Leaving Certificate Examination, 1910
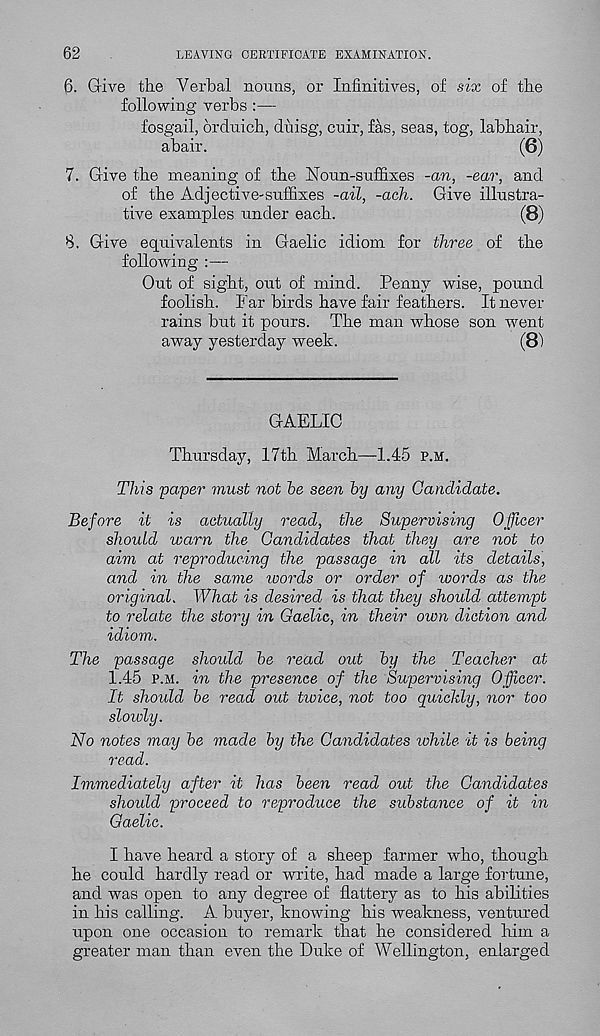
62
LEAVING CERTIFICATE EXAMINATION.
6. Grive the Verbal nouns, or Infinitives, of six of the
following verbs :—
fosgail, orduich, duisg, cuir, fas, seas, tog, labhair,
abair.
(6)
7. Give the meaning of the Noun-suffixes -an, -ear, and
of the Adjective-suffixes -ail, -aeh. Give illustra-
tive examples under each.
(8)
8. Give equivalents in Gaelic idiom for three of the
following :—
Out of sight, out of mind. Penny wise, pound
foolish. Far birds have fair feathers. It never
rains but it pours. The man whose son went
away yesterday week.
(81
GAELIC
Thursday, 17th March—1.45 p.m.
This paper must not he seen hy any Candidate.
Before it is actually read, the Supervising Officer
should warn the Candidates that they are not to
aim at reproducing the passage in all its details,
and in the same words or order of words as the
original. What is desired is that they should attempt
to relate the story in Gaelic, in their own diction and
idiom.
The passage should he read out hy the Teacher at
1.45 p.m. in the presence of the Supervising Officer.
It shoidd he read out twice, not too quickly, nor too
slowly.
No notes may he made hy the Candidates while it is being
read.
Immediately after it has been read out the Candidates
should proceed to reproduce the substance of it in
Gaelic.
I have heard a story of a sheep farmer who, though
he could hardly read or write, had made a large fortune,
and was open to any degree of flattery as to his abilities
in his calling. A buyer, knowing his weakness, ventured
upon one occasion to remark that he considered him a
greater man than even the Duke of Wellington, enlarged